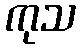
ကုသ